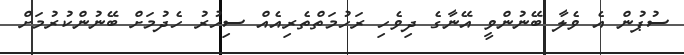
ސުޕުން އެ ވެލާ ބޭނުންވީ އޭނާގެ ދިވެހި ރަހުމަތްތެރިއެއް ސިހުރު ހެދުމަށް ބޭނުންކުރުމަށް